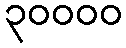
၃၀၀၀၀